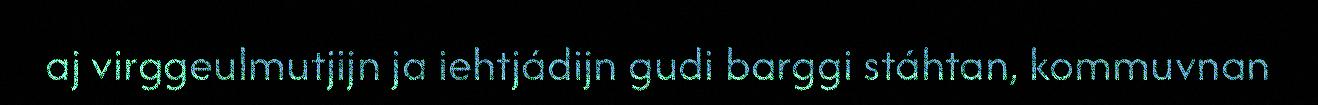
aj virggeulmutjijn ja iehtjádijn gudi barggi stáhtan, kommuvnan